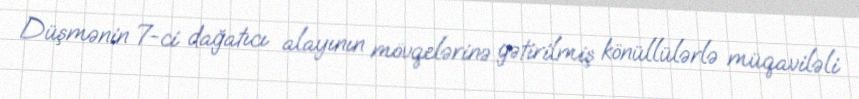
Düşmənin 7-ci dağatıcı alayının mövqelərinə gətirilmiş könüllülərlə müqaviləli